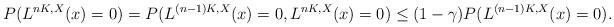
LaTeX: \begin{align*} P(L^{nK, X}(x) = 0) = P(L^{(n-1)K, X}(x) = 0, L^{nK, X}(x) = 0) \le (1-\gamma) P(L^{(n-1)K, X}(x) = 0). \end{align*}